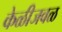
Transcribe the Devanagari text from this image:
केळीजवळ